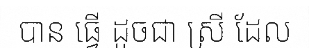
បាន ធ្វើ ដូចជា ស្រី ដែល